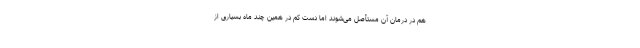
هم در درمان آن مستأصل می‌شوند اما دست‌ کم در همین چند ماه بسیاری از